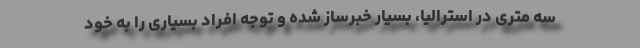
سه متری در استرالیا، بسیار خبرساز شده و توجه افراد بسیاری را به خود